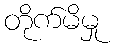
တိုက်မိမှု